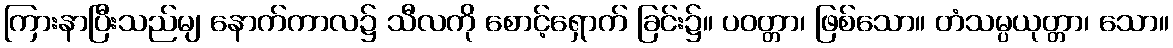
ကြားနာပြီးသည်မျ နောက်ကာလ၌ သီလကို စောင့်ရှောက် ခြင်း၌။ ပဝတ္တာ၊ ဖြစ်သော။ တံသမ္ပယုတ္တာ၊ သော။